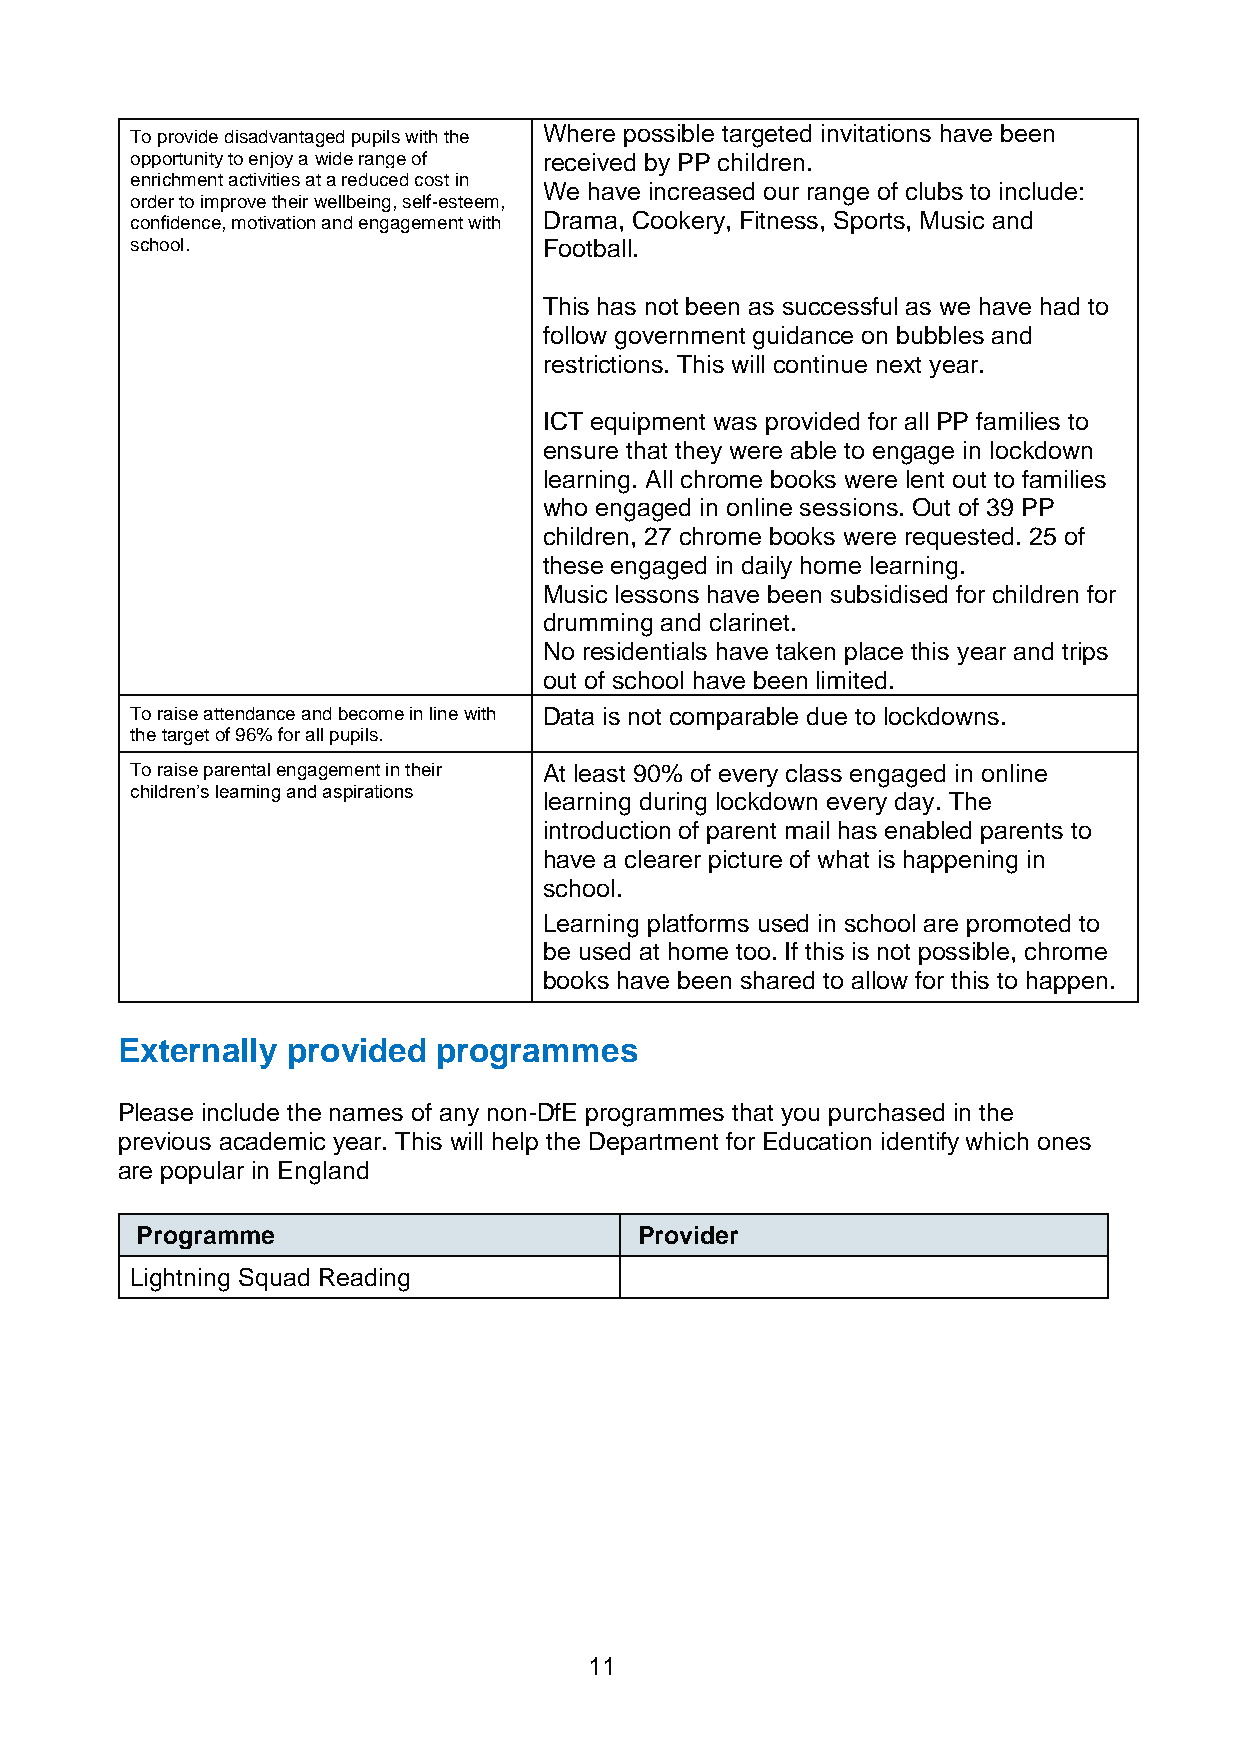
To provide disadvantaged pupils with the Where possible targeted invitations have been
 opportunity to enjoy a wide range of received by PP children.
 enrichment activities at a reduced cost in
 We have increased our range of clubs to include:
 order to improve their wellbeing, self-esteem,
 confidence, motivation and engagement with Drama, Cookery, Fitness, Sports, Music and
 school.                    Football.
 This has not been as successful as we have had to
 follow government guidance on bubbles and
 restrictions. This will continue next year.
 ICT equipment was provided for all PP families to
 ensure that they were able to engage in lockdown
 learning. All chrome books were lent out to families
 who engaged in online sessions. Out of 39 PP
 children, 27 chrome books were requested. 25 of
 these engaged in daily home learning.
 Music lessons have been subsidised for children for
 drumming and clarinet.
 No residentials have taken place this year and trips
 out of school have been limited.
 To raise attendance and become in line with Data is not comparable due to lockdowns.
 the target of 96% for all pupils.
 To raise parental engagement in their At least 90% of every class engaged in online
 children’s learning and aspirations
 learning during lockdown every day. The
 introduction of parent mail has enabled parents to
 have a clearer picture of what is happening in
 school.
 Learning platforms used in school are promoted to
 be used at home too. If this is not possible, chrome
 books have been shared to allow for this to happen.
 Externally provided  programmes
 Please include the names of any non-DfE programmes that you purchased in the
 previous academic year. This will help the Department for Education identify which ones
 are popular in England
 Programme                        Provider
 Lightning Squad Reading
 11